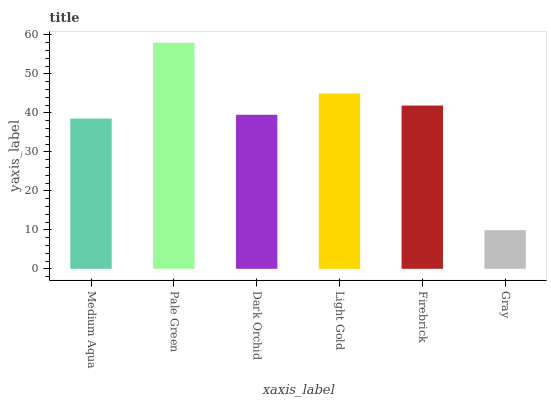
| xaxis_label | bars |
 | --- | --- |
 | Medium Aqua | 38.5 |
 | Pale Green | 58 |
 | Dark Orchid | 39.5 |
 | Light Gold | 45 |
 | Firebrick | 41.9 |
 | Gray | 9.92 |